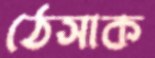
ঠেসাক